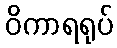
ဝိကာရရုပ်